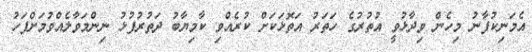
އެމަނިކުފާނު މިހެން ވިދާޅުވީ އުތުރުގެ ހަތަރު އަތޮޅަކަށް ކުރެއްވި ކާމިޔާބު ދަތުރުފުޅު ނިންމަވާލެއްވުމަށްފަހު